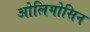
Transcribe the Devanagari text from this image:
ओलिगोसिन